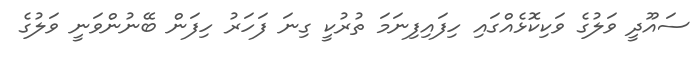
ސައޫދީ ވަލުގެ ވަކިކޮޅެއްގައި ހިފައިފިނަމަ ތުރުކީ ގިނަ ފަހަރު ހިފަން ބޭނުންވަނީ ވަލުގެ